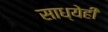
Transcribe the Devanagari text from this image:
साध्येही